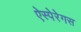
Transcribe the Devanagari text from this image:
ऐस्पेरेगस